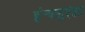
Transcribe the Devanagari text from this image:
इंन्फ्लुएंझा